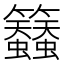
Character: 𮇀